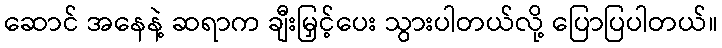
ဆောင် အနေနဲ့ ဆရာက ချီးမြှင့်ပေး သွားပါတယ်လို့ ပြောပြပါတယ်။